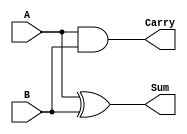
module half_adder #(
    parameter input_width = 1  // Default input width is 1
)(
    input [input_width-1:0] A,  // First input operand
    input [input_width-1:0] B,  // Second input operand
    output reg Sum,              // Sum output (1 bit)
    output reg Carry             // Carry output (1 bit)
);

    // Always block to compute Sum and Carry
    always @(*) begin
        Sum = A ^ B;             // Sum is A XOR B
        Carry = A & B;          // Carry is A AND B
    end

endmodule